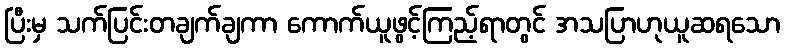
ပြီးမှ သက်ပြင်းတချက်ချကာ ကောက်ယူဖွင့်ကြည့်ရာတွင် အသပြာဟုယူဆရသော